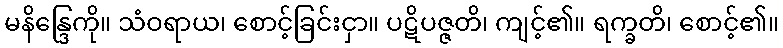
မနိန္ဒြေကို။ သံဝရာယ၊ စောင့်ခြင်းငှာ။ ပဋိပဇ္ဇတိ၊ ကျင့်၏။ ရက္ခတိ၊ စောင့်၏။